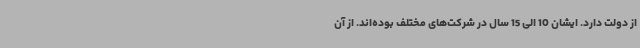
از دولت دارد. ایشان 10 الی 15 سال در شرکت‌های مختلف بوده‌اند. از آن